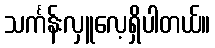
သင်္ကန်းလှူလေ့ရှိပါတယ်။